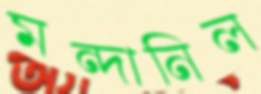
মন্দানিল